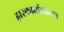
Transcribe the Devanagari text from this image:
द्वारकाधीशाच्या